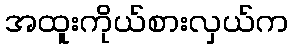
အထူးကိုယ်စားလှယ်က